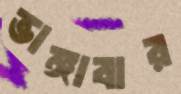
ভাঙ্গাবার